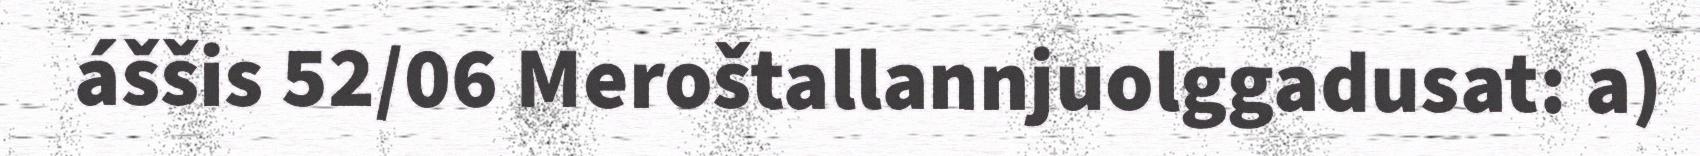
áššis 52/06 Meroštallannjuolggadusat: a)